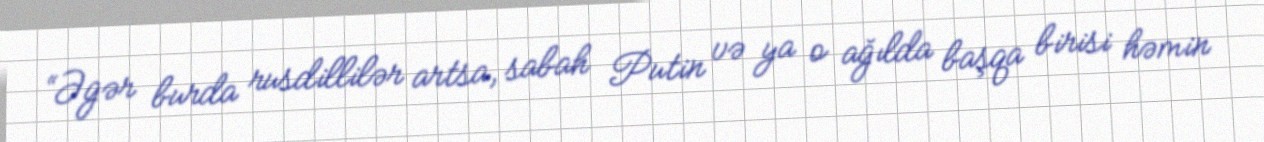
“Əgər burda rusdillilər artsa, sabah Putin və ya o ağılda başqa birisi həmin